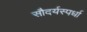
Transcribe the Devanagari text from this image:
सौदर्यस्पर्धा